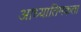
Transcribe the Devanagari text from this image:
आध्यातिमकता